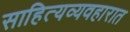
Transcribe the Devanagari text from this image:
साहित्यव्यवहारात